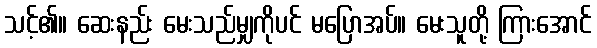
သင့်၏။ ဆေးနည်း မေးသည်မျှကိုပင် မပြောအပ်။ မေးသူတို့ ကြားအောင်